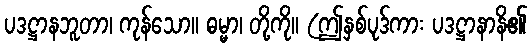
ပဒဋ္ဌာနဘူတာ၊ ကုန်သော။ ဓမ္မာ၊ တို့ကို။ (ဤနှစ်ပုဒ်ကား ပဒဋ္ဌာနာနိ၏